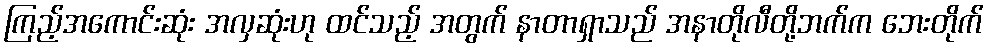
ကြည့်အကောင်းဆုံး အလှဆုံးဟု ထင်သည့် အတွက် နာတာရှာသည် အနာတိုလီတို့ဘက်က ဘေးတိုက်